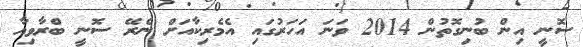
ސޮނީ އިން ބުނިގޮތުން 2014 ވަނަ އަހަރުގައި އެމެރިކާއަށް ނެރޭ ސޮނީ ބްރާވިއާ